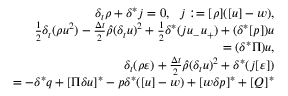
\begin{array} { r } { \delta _ { t } \rho + \delta ^ { * } j = 0 , \ \ j : = [ \rho ] ( [ u ] - w ) , } \\ { \frac 1 2 \delta _ { t } ( \rho u ^ { 2 } ) - \frac { \Delta t } { 2 } \hat { \rho } ( \delta _ { t } u ) ^ { 2 } + \frac 1 2 \delta ^ { * } ( j u _ { - } u _ { + } ) + ( \delta ^ { * } [ p ] ) u } \\ { = ( \delta ^ { * } \Pi ) u , } \\ { \delta _ { t } ( \rho \varepsilon ) + \frac { \Delta t } { 2 } \hat { \rho } ( \delta _ { t } u ) ^ { 2 } + \delta ^ { * } ( j [ \varepsilon ] ) } \\ { = - \delta ^ { * } q + [ \Pi \delta u ] ^ { * } - p \delta ^ { * } ( [ u ] - w ) + [ w \delta p ] ^ { * } + [ Q ] ^ { * } } \end{array}